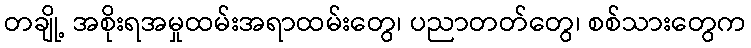
တချို့ အစိုးရအမှုထမ်းအရာထမ်းတွေ၊ ပညာတတ်တွေ၊ စစ်သားတွေက